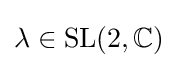
\lambda \in {\text{SL}}(2,\mathbb {C} )